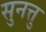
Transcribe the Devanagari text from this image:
सुनत्तु